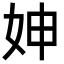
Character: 妽